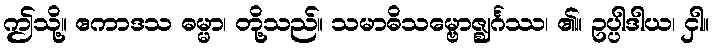
ဤသို့။ ဧကာဒသ ဓမ္မာ၊ တို့သည်။ သမာဓိသမ္ဗောဇ္ဈင်္ဂဿ၊ ၏။ ဥပ္ပါဒါယ၊ ငှါ။